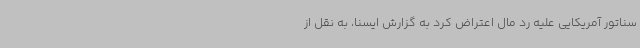
سناتور آمریکایی علیه رد مال اعتراض کرد به گزارش ایسنا، به نقل از